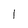
Character: l